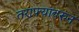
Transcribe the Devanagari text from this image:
तराफ्यावरुन